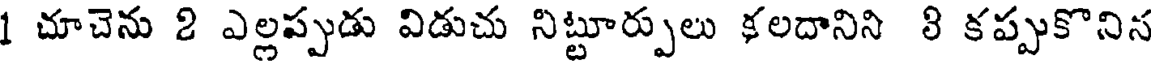
1 చూచెను 2 ఎల్లప్పుడు విడుచు నిట్టూర్పులు కలదానిని 8 కప్పుకొనిస